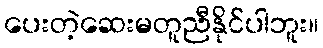
ပေးတဲ့ဆေးမတူညီနိုင်ပါဘူး။